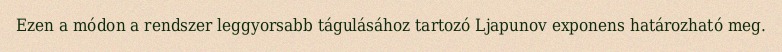
Ezen a módon a rendszer leggyorsabb tágulásához tartozó Ljapunov exponens határozható meg.